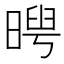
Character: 𣉃